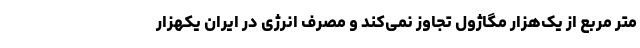
متر مربع از یک‌هزار مگاژول تجاوز نمی‌کند و مصرف انرژی در ایران یکهزار